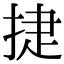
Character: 𭡈